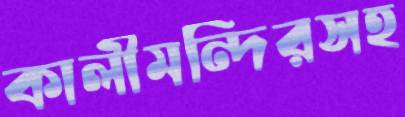
কালীমন্দিরসহ